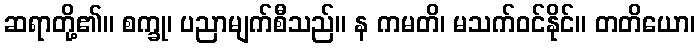
ဆရာတို့၏။ စက္ခု၊ ပညာမျက်စီသည်။ န ကမတိ၊ မသက်ဝင်နိုင်။ တတိယော၊